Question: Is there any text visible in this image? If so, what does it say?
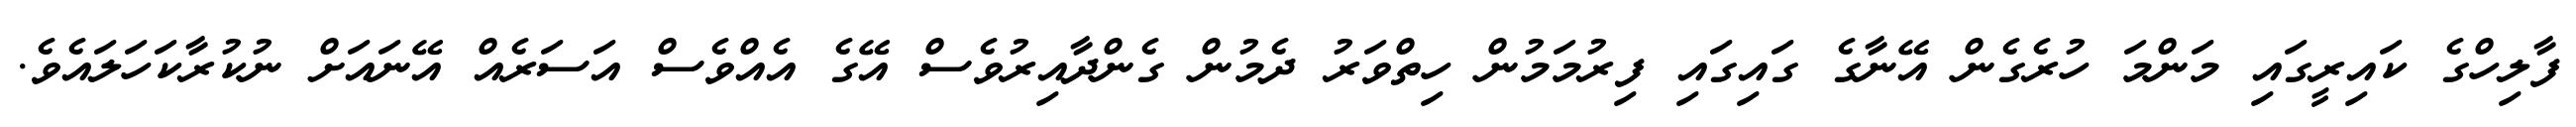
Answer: ފާލިހްގެ ކައިރީގައި މަންމަ ހުރެގެން އޭނާގެ ގައިގައި ފިރުމަމުން ހިތްވަރު ދެމުން ގެންދާއިރުވެސް އޭގެ އެއްވެސް އަސަރެއް އޭނައަށް ނުކުރާކަހަލައެވެ.